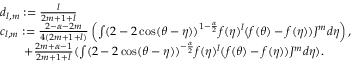
\begin{array} { r l } & { d _ { l , m } : = \frac { l } { 2 m + 1 + l } } \\ & { c _ { l , m } : = \frac { 2 - \alpha - 2 m } { 4 ( 2 m + 1 + l ) } \left( \int ( 2 - 2 \cos ( \theta - \eta ) ) ^ { 1 - \frac { \alpha } { 2 } } f ( \eta ) ^ { l } ( f ( \theta ) - f ( \eta ) ) { J } ^ { m } d \eta \right) , } \\ & { \quad \quad + \frac { 2 m + \alpha - 1 } { 2 m + 1 + l } ( \int ( 2 - 2 \cos ( \theta - \eta ) ) ^ { - \frac { \alpha } { 2 } } f ( \eta ) ^ { l } ( f ( \theta ) - f ( \eta ) ) { J } ^ { m } d \eta ) . } \end{array}